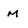
Character: M